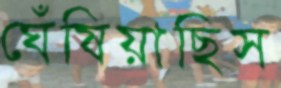
ঘেঁষিয়াছিস